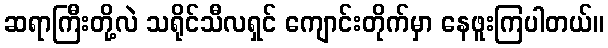
ဆရာကြီးတို့လဲ သရိုင်သီလရှင် ကျောင်းတိုက်မှာ နေဖူးကြပါတယ်။